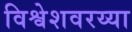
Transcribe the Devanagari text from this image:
विश्वेशवरय्या